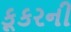
કૂકરની